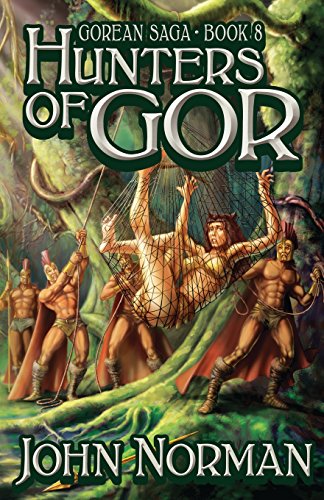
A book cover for Hunters of Gor (Gorean Saga); John Norman; Romance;